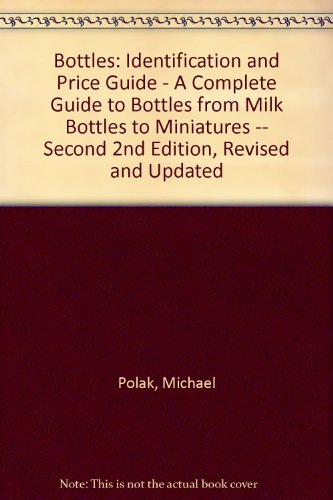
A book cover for Bottles: Identification and Price Guide - A Complete Guide to Bottles from Milk Bottles to Miniatures -- Second 2nd Edition, Revised and Updated; Michael Polak; Crafts, Hobbies & Home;